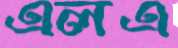
এলএ